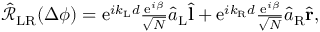
\begin{array} { r } { \hat { \mathcal { R } } _ { \mathrm { L R } } ( \Delta \phi ) = \mathrm { e } ^ { i k _ { \mathrm { L } } d } \frac { \mathrm { e } ^ { i \beta } } { \sqrt { N } } \hat { a } _ { \mathrm { L } } \hat { \bf l } + \mathrm { e } ^ { i k _ { \mathrm { R } } d } \frac { \mathrm { e } ^ { i \beta } } { \sqrt { N } } \hat { a } _ { \mathrm { R } } \hat { \bf r } , } \end{array}